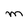
Character: M